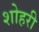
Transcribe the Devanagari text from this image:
शोहरी